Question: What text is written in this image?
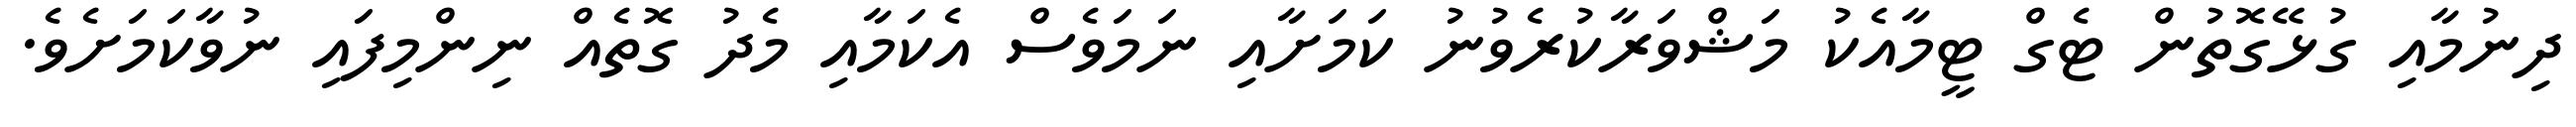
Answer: ދިނުމާއި ގުޅޭގޮތުން ޓެގް ޓީމާއެކު މަޝްވަރާކުރެވުނު ކަމަށާއި ނަމަވެސް އެކަމާއި މެދު ގޮތެއް ނިންމިފައި ނުވާކަމަށެވެ.